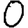
Digit: 0